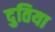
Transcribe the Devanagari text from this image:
दुतिया